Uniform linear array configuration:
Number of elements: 12
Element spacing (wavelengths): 0.25
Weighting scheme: kaiser
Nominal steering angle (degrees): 30
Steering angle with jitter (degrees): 28.505
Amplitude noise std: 0.05
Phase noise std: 0.05

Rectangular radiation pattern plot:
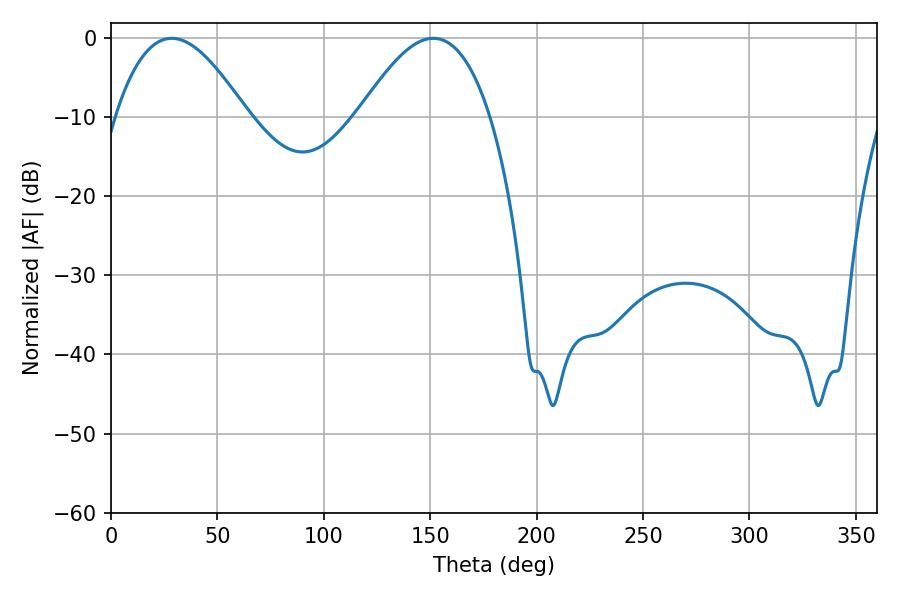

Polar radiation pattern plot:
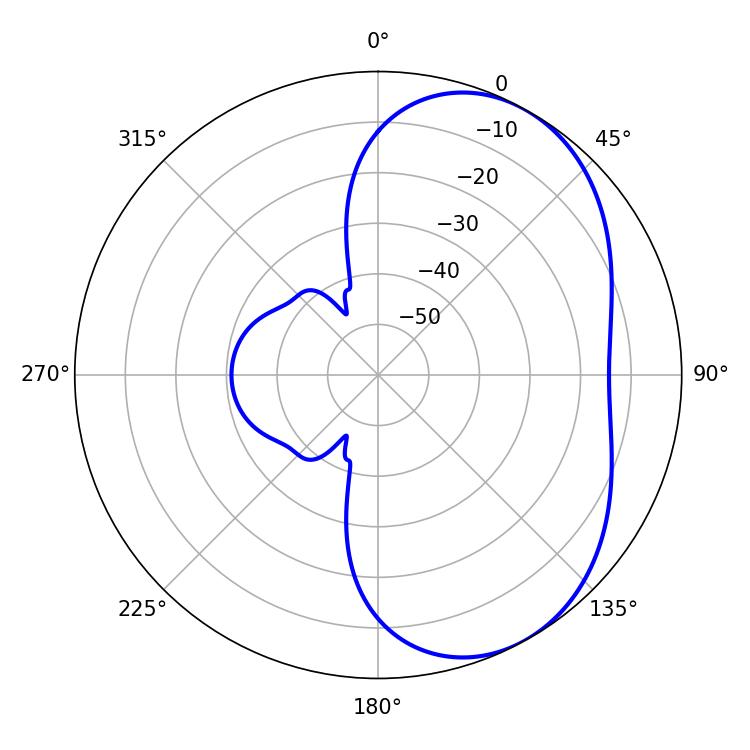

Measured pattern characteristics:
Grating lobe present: FALSE
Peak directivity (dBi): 4.746
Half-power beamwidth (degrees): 33.66
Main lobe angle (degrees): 28.62